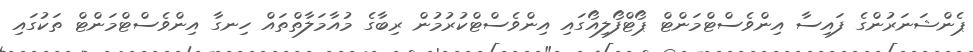
ޕެންޝަނަރުންގެ ފައިސާ އިންވެސްޓްމަންޓް ޕޯޓްފޯލިއޯގައި އިންވެސްޓްކުރުމުން ރިބާގެ މުއާމަލާތްތައް ހިނގާ އިންވެސްޓްމަންޓް ތަކުގައި